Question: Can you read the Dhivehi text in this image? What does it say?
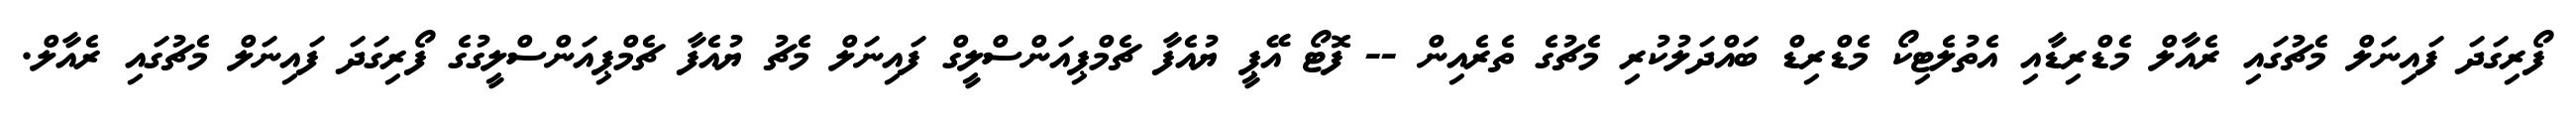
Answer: ފޯރިގަދަ ފައިނަލް މެޗުގައި ރެއާލް މެޑްރިޑާއި އެތުލެޓިކޯ މެޑްރިޑް ބައްދަލުކުރި މެޗުގެ ތެރެއިން -- ފޮޓޯ އޭޕީ ޔުއެފާ ޗެމްޕިއަންސްލީގް ފައިނަލް މެޗު ޔުއެފާ ޗެމްޕިއަންސްލީގުގެ ފޯރިގަދަ ފައިނަލް މެޗުގައި ރެއާލް.